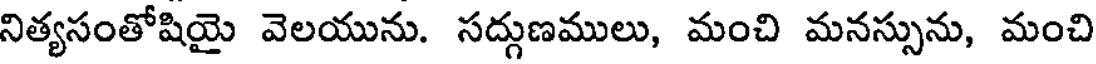
నిత్యసంతోషియై వెలయును. సద్గుణములు, మంచి మనస్సును, మంచి